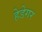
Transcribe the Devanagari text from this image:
हेडेगर